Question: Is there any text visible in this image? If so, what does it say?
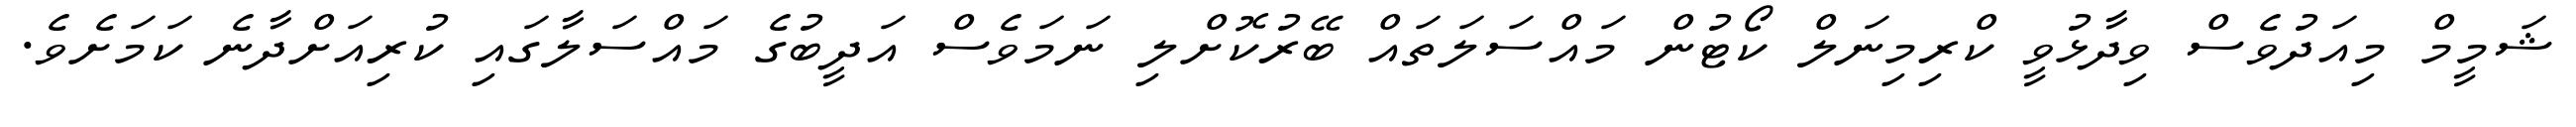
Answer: ޝަމީމް މިއަދުވެސް ވިދާޅުވީ ކްރިމިނަލް ކޯޓުން މައްސަލަތައް ބޭރުކޮށްލި ނަމަވެސް އަދީބުގެ މައްސަލާގައި ކުރިއަށްދާނެ ކަމަށެވެ.